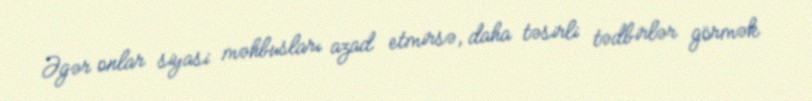
Əgər onlar siyasi məhbusları azad etmirsə, daha təsirli tədbirlər görmək